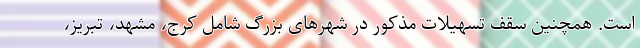
است. همچنین سقف تسهیلات مذکور در شهرهای بزرگ شامل کرج، مشهد، تبریز،